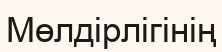
Мөлдірлігінің